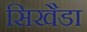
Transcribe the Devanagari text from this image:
सिखैडा